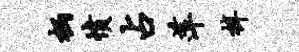
柄愤占萍梓